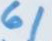
61